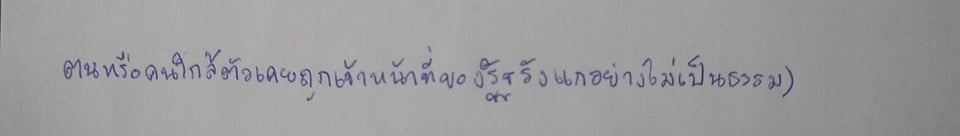
ตนหรือคนใกล้ตัวเคยถูกเจ้าหน้าที่ของรัฐรังแกอย่างไม่เป็นธรรม)